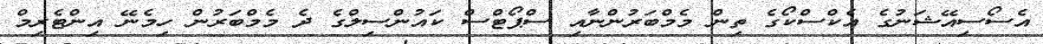
އެސޯސިއޭޝަނުގެ އެކްސްކޯގެ ތިން މެމްބަރުންނާއި ސްޕޯޓްސް ކައުންސިލްގެ ދެ މެމްބަރުން ހިމެނޭ އިންޓެރިމް